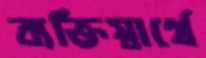
ব্যক্তিস্বার্থে